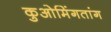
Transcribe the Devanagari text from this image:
कुओमिंगतांग